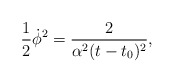
\begin{align*}{\frac{1}{2}\dot{\phi}^2=\frac{2}{\alpha^2(t-t_0)^2},}\end{align*}